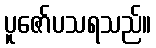
ပူဇော်ပသရသည်။